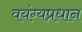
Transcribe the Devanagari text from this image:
वयंग्यप्रधान